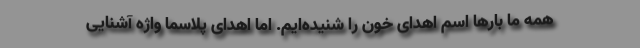
همه ما بارها اسم اهدای خون را شنیده‌ایم. اما اهدای پلاسما واژه آشنایی